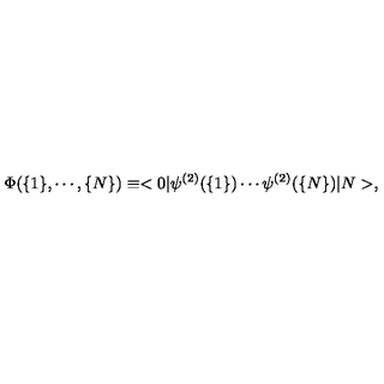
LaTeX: \Phi ( \{ 1 \} , \cdots , \{ N \} ) \equiv < 0 | \psi ^ { ( 2 ) } ( \{ 1 \} ) \cdots \psi ^ { ( 2 ) } ( \{ N \} ) | N > ,